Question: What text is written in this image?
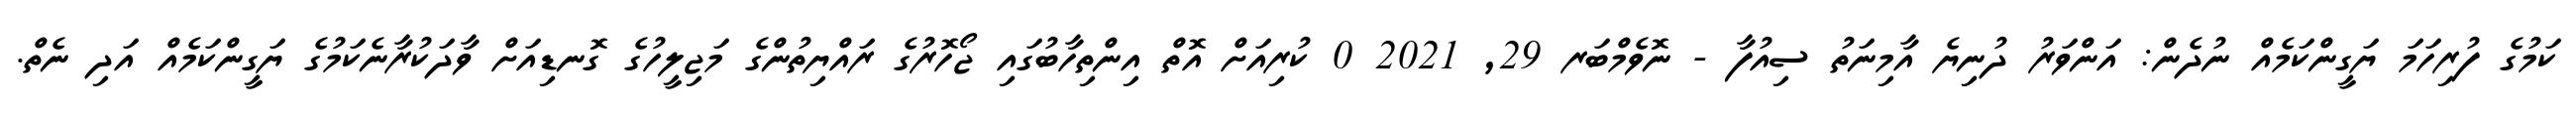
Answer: ކަމުގެ ފުރިހަމަ ޔަގީންކަމެއް ނުދެން: އަންވަރު ދުނިޔެ އާމިނަތު ސިއުފާ - ނޮވެމްބަރ 29, 2021 0 ކުރިއަށް އޮތް އިންތިހާބުގައި ޖޯހޮރުގެ ރައްޔިތުންގެ މަޖިލީހުގެ ގޮނޑިއަށް ވާދަކުރާނެކަމުގެ ޔަގީންކަމެއް އަދި ނެތް.